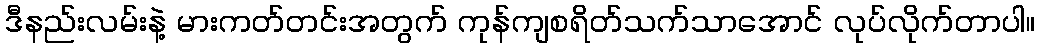
ဒီနည်းလမ်းနဲ့ မားကတ်တင်းအတွက် ကုန်ကျစရိတ်သက်သာအောင် လုပ်လိုက်တာပါ။